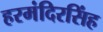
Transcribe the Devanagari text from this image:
हरमंदिरसिंह